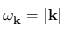
\omega _ { \mathbf { k } } = | \mathbf { k } |